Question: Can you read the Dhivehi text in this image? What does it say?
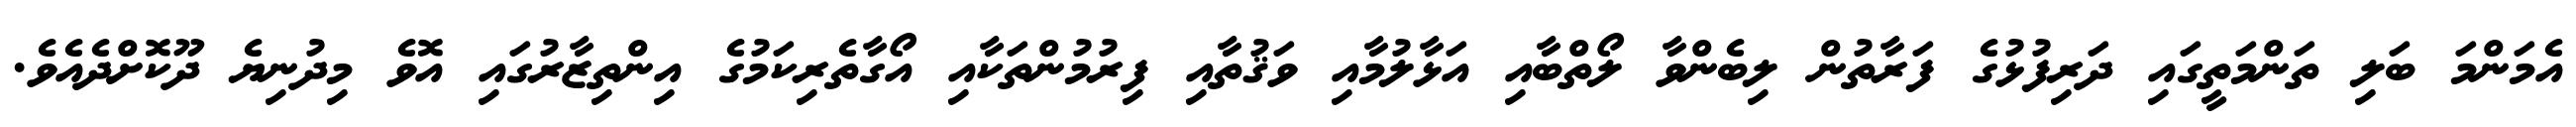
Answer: އެމަންމަ ބަލި ތަންމަތީގައި ދަރިފުޅުގެ ފަރާތުން ލިބެންވާ ލޯތްބާއި އަޅާލުމާއި ވަޤުތާއި ފިރުމުންތަކާއި އޯގާތެރިކަމުގެ އިންތިޒާރުގައި އޮވެ މިދުނިޔެ ދޫކޮށްދެއެވެ.